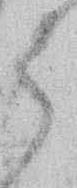
う